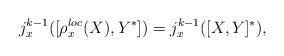
LaTeX: \begin{align*} j^{k-1}_x([\rho^{loc}_x(X), Y^*]) = j^{k-1}_x([X,Y]^*), \end{align*}